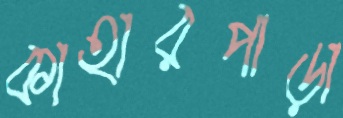
কাহারপাড়া